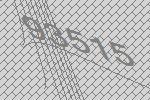
93515